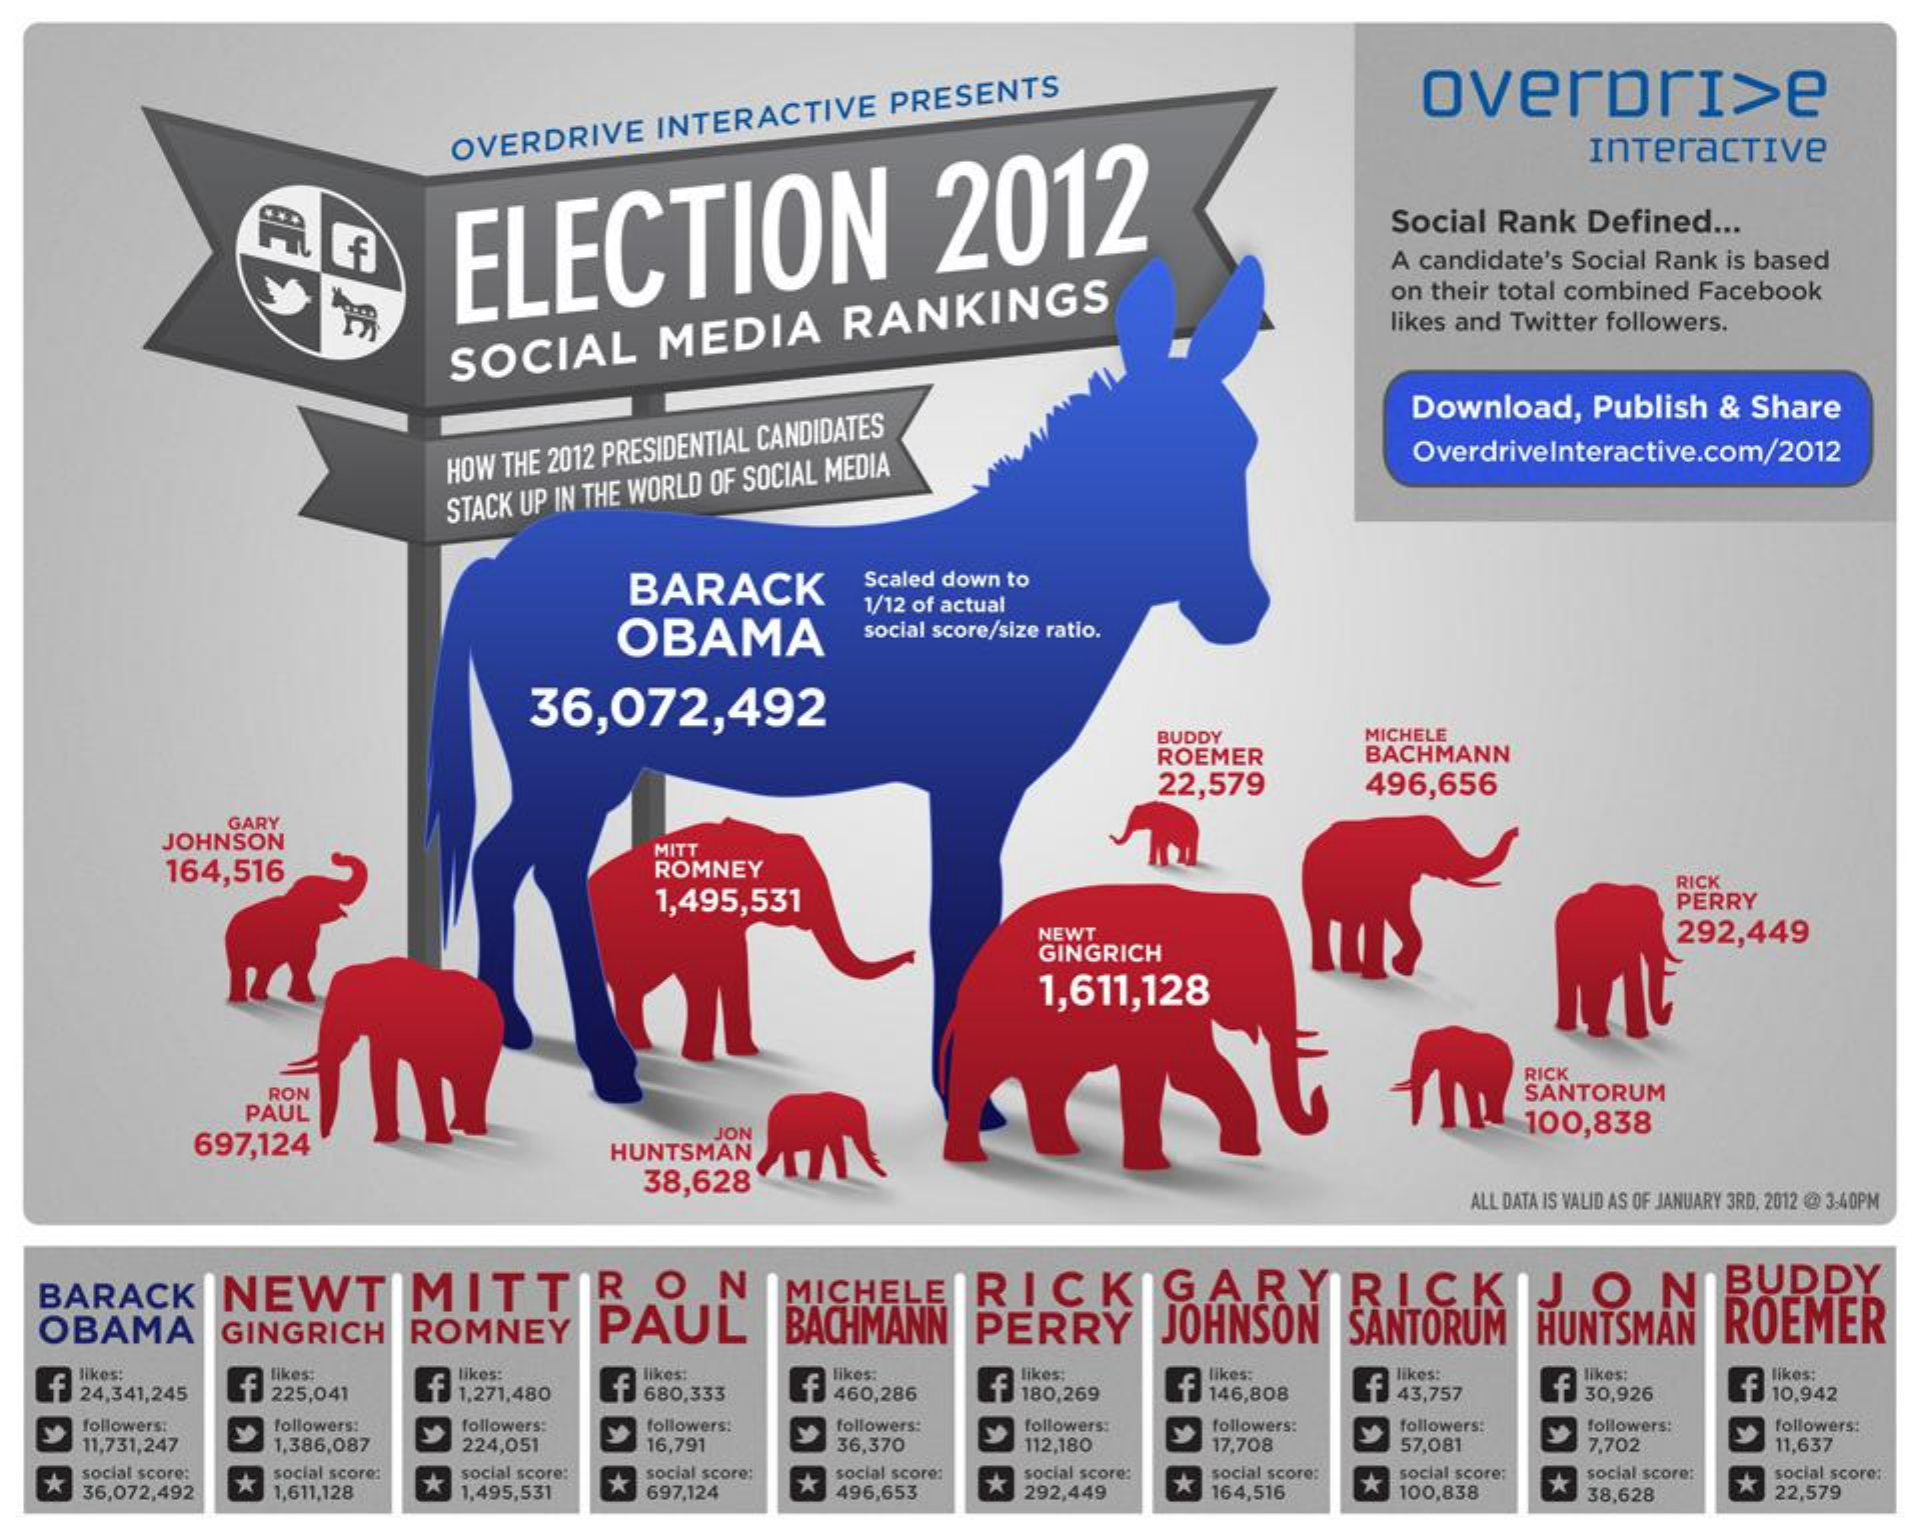
overpri>e
     OVERDRIVE INTERACTIVE PRESENTS
     Interactive
     ELECTION    2012    Social Rank Defined ...
     A candidate's Social Rank is based
     on their total combined Facebook
     likes and Twitter followers.
     SOCIAL MEDIA RANKINGS
     Download, Publish & Share
     HOW THE 2012 PRESIDENTIAL CANDIDATES
     OverdriveInteractive.com/2012
     STACK UP IN THE WORLD OF SOCIAL MEDIA
     BARACK   Scaled down to
     OBAMA
     1/12 of actual
     social score/size ratio.
     36,072,492
     BUDDY
     ROEMER
     MICHELE
     BACHMANN
     22,579 496,656
     GARY
     JOHNSON
     164,516
     MITT
     ROMNEY
     1,495,531
     RICK
     PERRY
     NEWT
     GINGRICH
     292,449
     1,611,128
     RON
     RICK
     PAUL
     SANTORUM
     697,124
     JON
     HUNTSMAN
     100,838
     38,628
     ALL DATA IS VALID AS OF JANUARY 3RD, 2012 @ 3:40PM
  BARACK NEWT  MITTRON
  OBAMA GINGRICH ROMNEY PAUL
     MICHELE
     BACHMANN PERRY
     RICKIGARYRICKIJON
     JOHNSON SANTORUM HUNTSMAN
     BUDDY
     ROEMER
  f
   likes:
   24,341,245 f
     likes:    likes:
     225,041 f
     likes:    likes: likes:
     1,271,480 f
     likes:
     680,333
     likes:
     460,286 f
     likes;
     180,269 f
     likes:
     146,808 f 43,757 f 30,926 f 10,942
   followers: followers: followers: followers:
     224,051
     followers: followers: followers: followers: followers: followers:
   11,731,247 1,386,087 16,791 36,370 112,180 17,708 57,081 7,702 11,637
  *
   social score:
   36,072,492
     social score:
     1,611,128 *
     social score:
     1,495,531
     social score;
     697,124
     * social score:
     496,653
     * social score:
     292,449
     *
     social score:
     164,516
     *
     social score:
     100,838 *
     social score: social score:
     38,628
     * 22,579